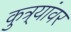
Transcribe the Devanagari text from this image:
कुत्र्यांवर